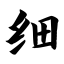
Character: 细